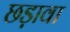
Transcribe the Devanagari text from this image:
छड़ावा